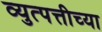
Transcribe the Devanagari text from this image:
व्युत्पत्तीच्या